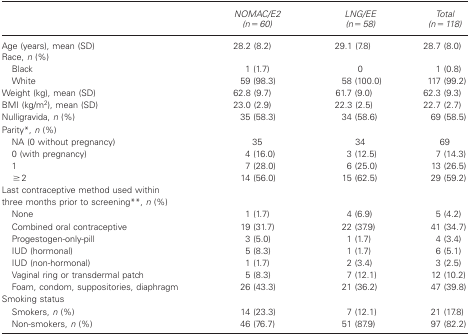
<table><thead><tr><td></td><td><b><i>NOMAC/E2 (n=60)</i></b></td><td><b><i>LNG/EE (n=58)</i></b></td><td><b><i>Total (n = 118)</i></b></td></tr></thead><tbody><tr><td>Age (years), mean (SD)</td><td>28.2 (8.2)</td><td>29.1 (78)</td><td>28.7 (8.0)</td></tr><tr><td colspan="4">Race, <i>n</i> (%)</td></tr><tr><td> Black</td><td>1 (1.7)</td><td>0</td><td>1 (0.8)</td></tr><tr><td> White</td><td>59 (98.3)</td><td>58 (100.0)</td><td>117 (99.2)</td></tr><tr><td>Weight (kg), mean (SD)</td><td>62.8 (9.7)</td><td>61.7 (9.0)</td><td>62.3 (9.3)</td></tr><tr><td>BMI (kg/m<sup>2</sup>), mean (SD)</td><td>23.0 (2.9)</td><td>22.3 (2.5)</td><td>22.7 (2.7)</td></tr><tr><td>Nulligravida, <i>n</i> (%)</td><td>35 (58.3)</td><td>34 (58.6)</td><td>69 (58.5)</td></tr><tr><td colspan="4">Parity*, <i>n</i> (%)</td></tr><tr><td> NA (0 without pregnancy)</td><td>35</td><td>34</td><td>69</td></tr><tr><td> 0 (with pregnancy)</td><td>4 (16.0)</td><td>3 (12.5)</td><td>7(14.3)</td></tr><tr><td> 1</td><td>7 (28.0)</td><td>6 (25.0)</td><td>13 (26.5)</td></tr><tr><td> ≥2</td><td>14 (56.0)</td><td>15 (62.5)</td><td>29 (59.2)</td></tr><tr><td colspan="4">Last contraceptive method used within three months prior to screening**, <i>n</i> (%)</td></tr><tr><td> None</td><td>1 (1.7)</td><td>4 (6.9)</td><td>5 (4.2)</td></tr><tr><td> Combined oral contraceptive</td><td>19 (31.7)</td><td>22 (37.9)</td><td>41 (34.7)</td></tr><tr><td> Progestogen-only-pill</td><td>3 (5.0)</td><td>1 (1.7)</td><td>4 (3.4)</td></tr><tr><td> ILJD (hormonal)</td><td>5 (8.3)</td><td>1 (1.7)</td><td>6(5.1)</td></tr><tr><td> ILJD (non-hormonal)</td><td>1 (1.7)</td><td>2 (3.4)</td><td>3 (2.5)</td></tr><tr><td> Vaginal ring or transdermal patch</td><td>5 (8.3)</td><td>7(12.1)</td><td>12 (10.2)</td></tr><tr><td> Foam, condom, suppositories, diaphragm</td><td>26 (43.3)</td><td>21 (36.2)</td><td>47 (39.8)</td></tr><tr><td colspan="4">Smoking status</td></tr><tr><td> Smokers, <i>n</i> (%)</td><td>14 (23.3)</td><td>7(12.1)</td><td>21 (178)</td></tr><tr><td> Non-smokers, <i>n</i> (%)</td><td>46 (76.7)</td><td>51 (879)</td><td>97 (82.2)</td></tr></tbody></table>